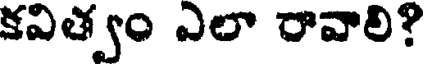
కవిత్వం ఎలా రావాలి?